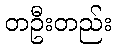
တဦးတည်း